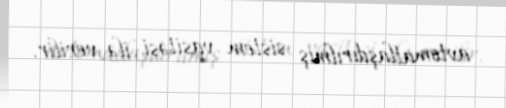
avtomatlaşdırılmış sistem vasitəsi ilə verilir.